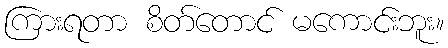
ကြားရတာ စိတ်တောင် မကောင်းဘူး။